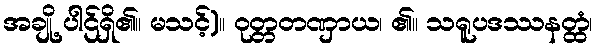
အချို့ ပါဌ်ရှိ၏။ မသင့်)။ ဝုတ္တတဏှာယ၊ ၏။ သရူပဒဿနတ္ထံ၊